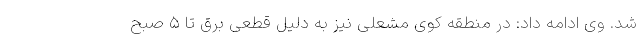
شد. وی ادامه داد: در منطقه کوی مشعلی نیز به دلیل قطعی برق تا ۵ صبح